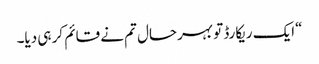
“ایک ریکارڈ تو بہرحال تم نے قائم کر ہی دیا۔